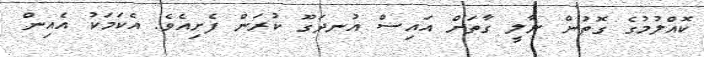
ކޮއްލުމުގެ ގޮތުން ނާލީ ގާތަށް އައިސް އުނދަގޫ ކުރަން ފެށިއެވެ. އެކަމަކު އެއިން